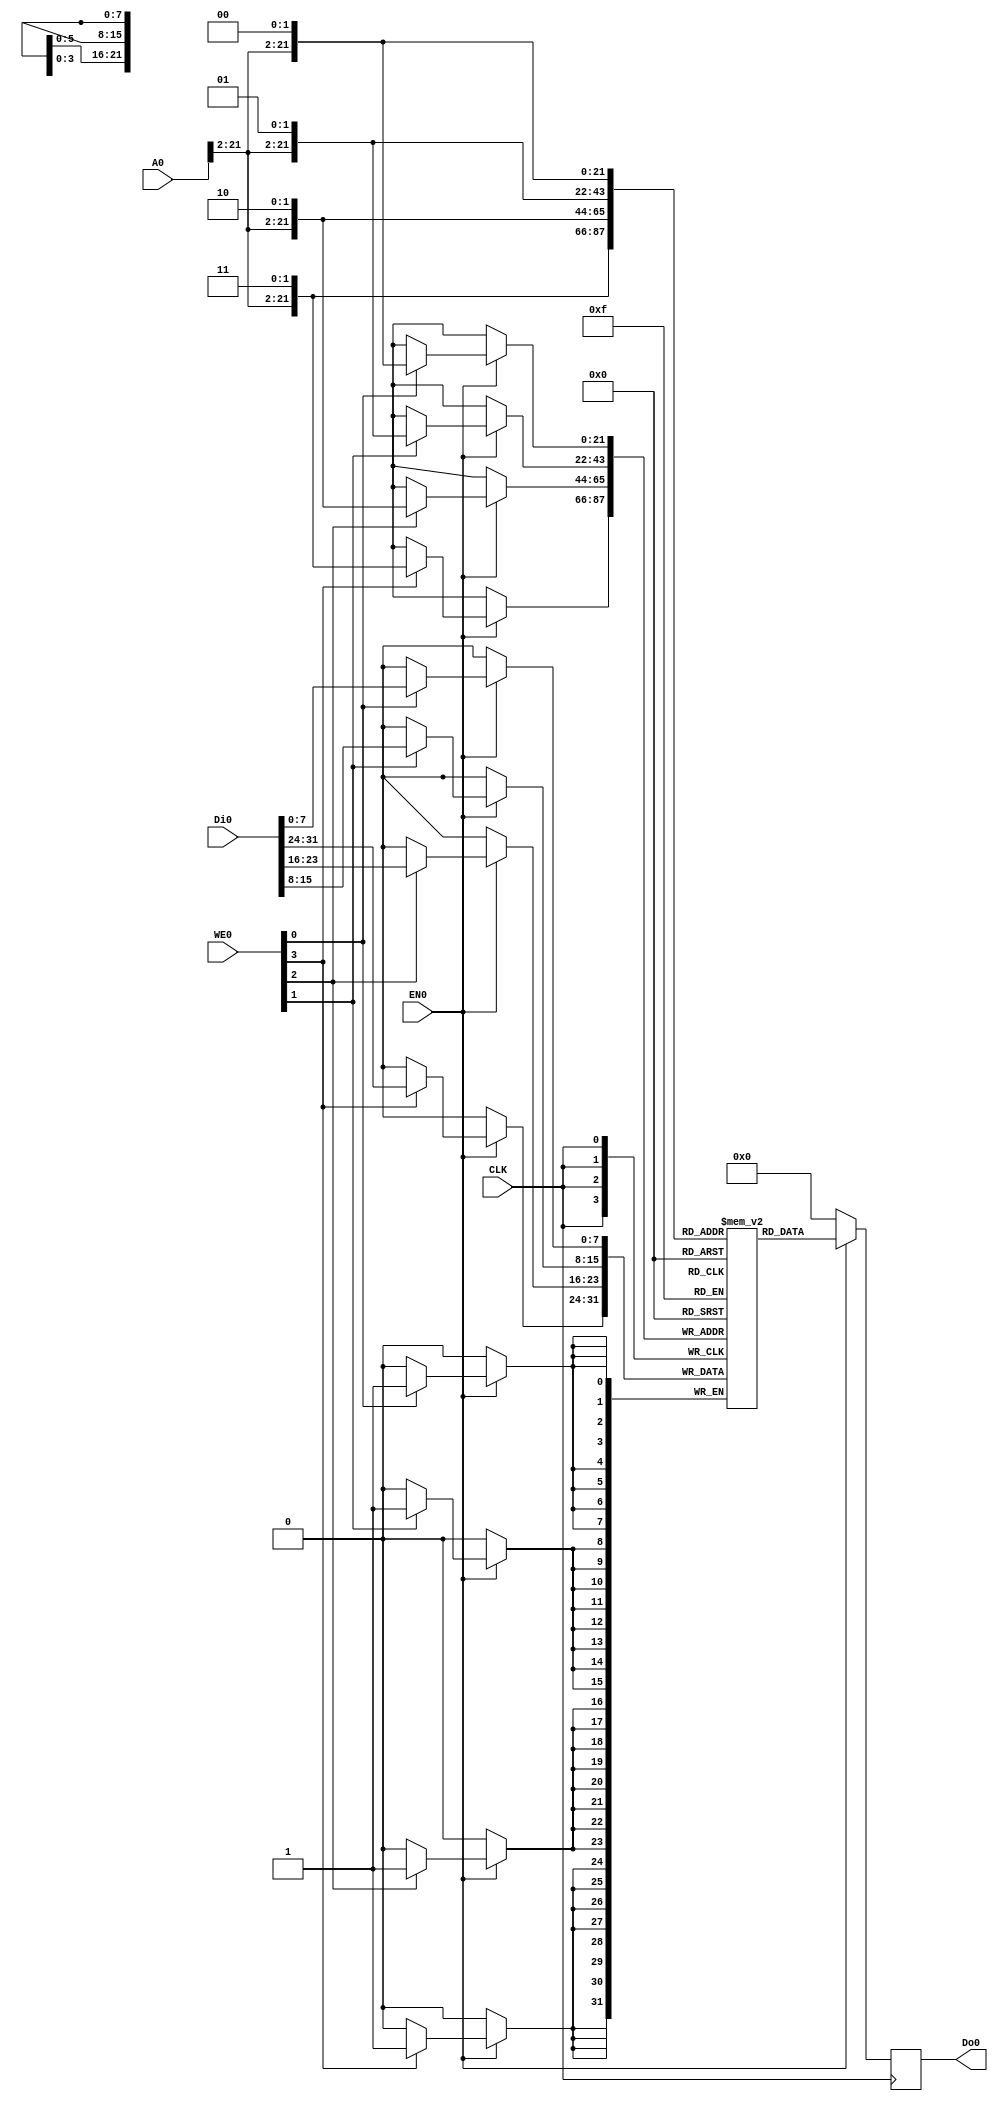
module bram(
    CLK,
    WE0,
    EN0,
    Di0,
    Do0,
    A0
);

    input   wire            CLK;
    input   wire    [3:0]   WE0;
    input   wire            EN0;
    input   wire    [31:0]  Di0;
    output  reg     [31:0]  Do0;
    input   wire    [31:0]   A0;

    // 4 MB
	reg [7:0] RAM[0:4*1024*1024-1];


    always @(posedge CLK)
        if(EN0) begin
            Do0 <= {RAM[{A0[21:2],2'b11}],
                    RAM[{A0[21:2],2'b10}],
                    RAM[{A0[21:2],2'b01}],
                    RAM[{A0[21:2],2'b00}]} ;
            if(WE0[0]) RAM[{A0[21:2],2'b00}] <= Di0[7:0];
            if(WE0[1]) RAM[{A0[21:2],2'b01}] <= Di0[15:8];
            if(WE0[2]) RAM[{A0[21:2],2'b10}] <= Di0[23:16];
            if(WE0[3]) RAM[{A0[21:2],2'b11}] <= Di0[31:24];
        end
        else
            Do0 <= 32'b0;
endmodule